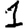
Digit: 1